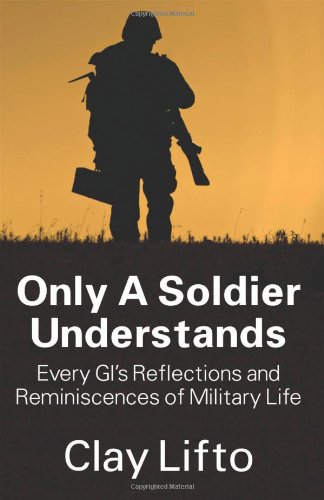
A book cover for Only a Soldier Understands: Every GI's Reflections and Reminiscences of Military Life; Clay Lifto; Parenting & Relationships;